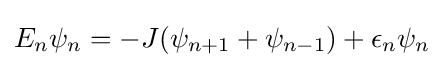
E_{n}\psi _{n}=-J(\psi _{n+1}+\psi _{n-1})+\epsilon _{n}\psi _{n}